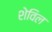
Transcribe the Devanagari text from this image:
शेविल